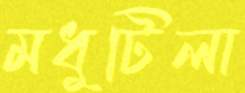
মধুটিলা